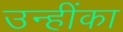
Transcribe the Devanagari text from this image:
उन्हींका